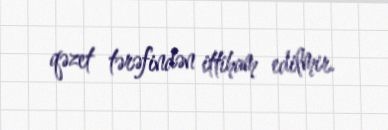
qəzet tərəfindən ittiham edilmir.